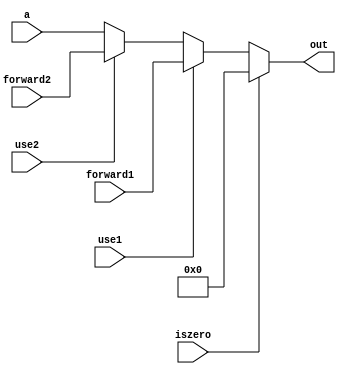
module mux_reg(
    a,
    forward1,
    forward2,
    out,
    use1,
    use2,
    iszero);
    input [31:0] a;
    input [31:0] forward1;
    input [31:0] forward2;
    output [31:0] out;
    input use1;
    input use2;
    input iszero;

    assign out = iszero ? 32'b0 
               : use1   ? forward1 
               : use2   ? forward2
               : a;

endmodule